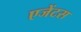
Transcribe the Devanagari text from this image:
एजेंटस